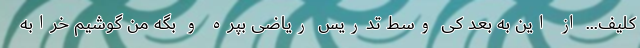
کلیف... از این به بعد کی وسط تدریس ریاضی بپره و بگه من گوشیم خرابه